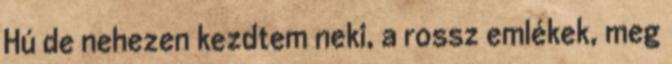
Hú de nehezen kezdtem neki, a rossz emlékek, meg